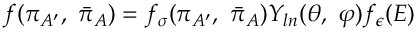
f ( \pi _ { A ^ { \prime } } , \ { \bar { \pi } } _ { A } ) = f _ { \sigma } ( \pi _ { A ^ { \prime } } , \ { \bar { \pi } } _ { A } ) Y _ { l n } ( \theta , \ \varphi ) f _ { \epsilon } ( E )